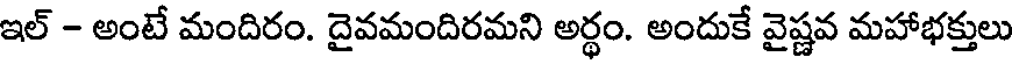
ఇల్ - అంటే మందిరం. దైవమందిరమని అర్థం. అందుకే వైష్ణవ మహాభక్తులు